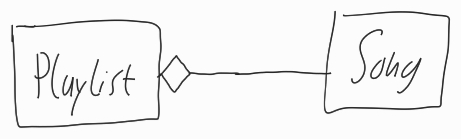
Diagram type: class_diagram
```plantuml
@startuml

class Playlist

class Song

Playlist o-- Song

@enduml
```